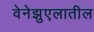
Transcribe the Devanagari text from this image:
वेनेझुएलातील